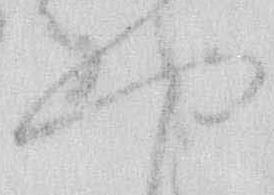
や